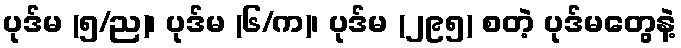
ပုဒ်မ (၅/ည)၊ ပုဒ်မ (၆/က)၊ ပုဒ်မ (၂၉၅) စတဲ့ ပုဒ်မတွေနဲ့